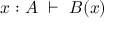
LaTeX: x : A \ \vdash \ B ( x )